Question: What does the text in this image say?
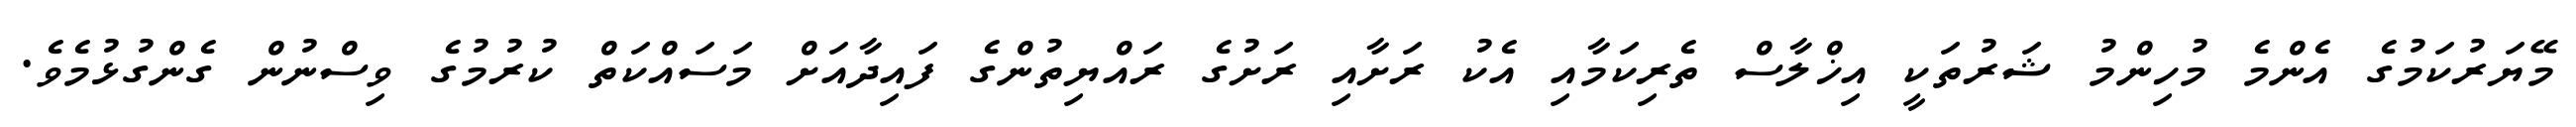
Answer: މޭޔަރުކަމުގެ އެންމެ މުހިންމު ޝަރުތަކީ އިޚްލާސް ތެރިކަމާއި އެކު ރަށާއި ރަށުގެ ރައްޔިތުންގެ ފައިދާއަށް މަސައްކަތް ކުރުމުގެ ވިސްނުން ގެންގުޅުމެވެ.